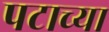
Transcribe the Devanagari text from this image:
पटाच्या